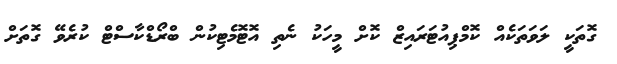
ގޮތަކީ ލަވަތަކެއް ކޮމްޕިއުޓަރައިޒް ކޮށް މީހަކު ނެތި އޮޓޮމެޓިކުން ބްރޯޑްކާސްޓް ކުރެވޭ ގޮތަށް